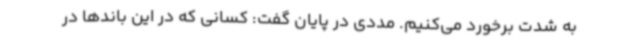
به شدت برخورد می‌کنیم. مددی در پایان گفت: کسانی که در این باندها در